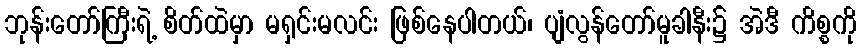
ဘုန်းတော်ကြီးရဲ့ စိတ်ထဲမှာ မရှင်းမလင်း ဖြစ်နေပါတယ်၊ ပျံလွန်တော်မူခါနီး၌ အဲဒီ ကိစ္စကို